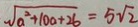
\sqrt { a ^ { 2 } + 1 0 a + 2 b } = 5 \sqrt { 2 }